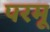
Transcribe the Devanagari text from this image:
परमू